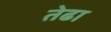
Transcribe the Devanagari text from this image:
तेढा